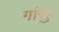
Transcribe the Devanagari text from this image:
गांसु